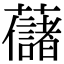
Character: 𧄔